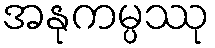
အနုကမ္ပဿု